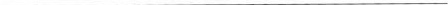
___